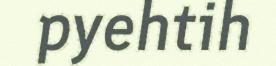
pyehtih